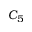
C _ { 5 }